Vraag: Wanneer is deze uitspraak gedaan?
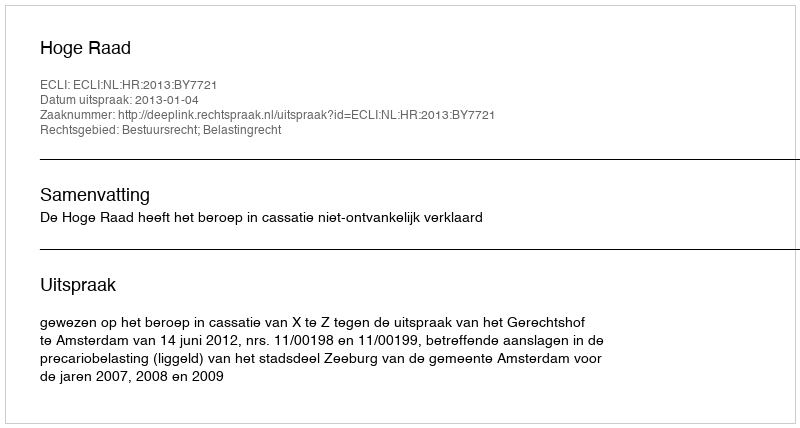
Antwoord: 2013-01-04